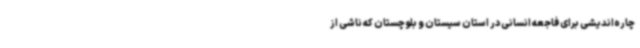
چاره‌اندیشی برای فاجعه انسانی در استان سیستان و بلوچستان که ناشی از